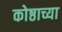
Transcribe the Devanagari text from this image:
कोष्ठाच्या